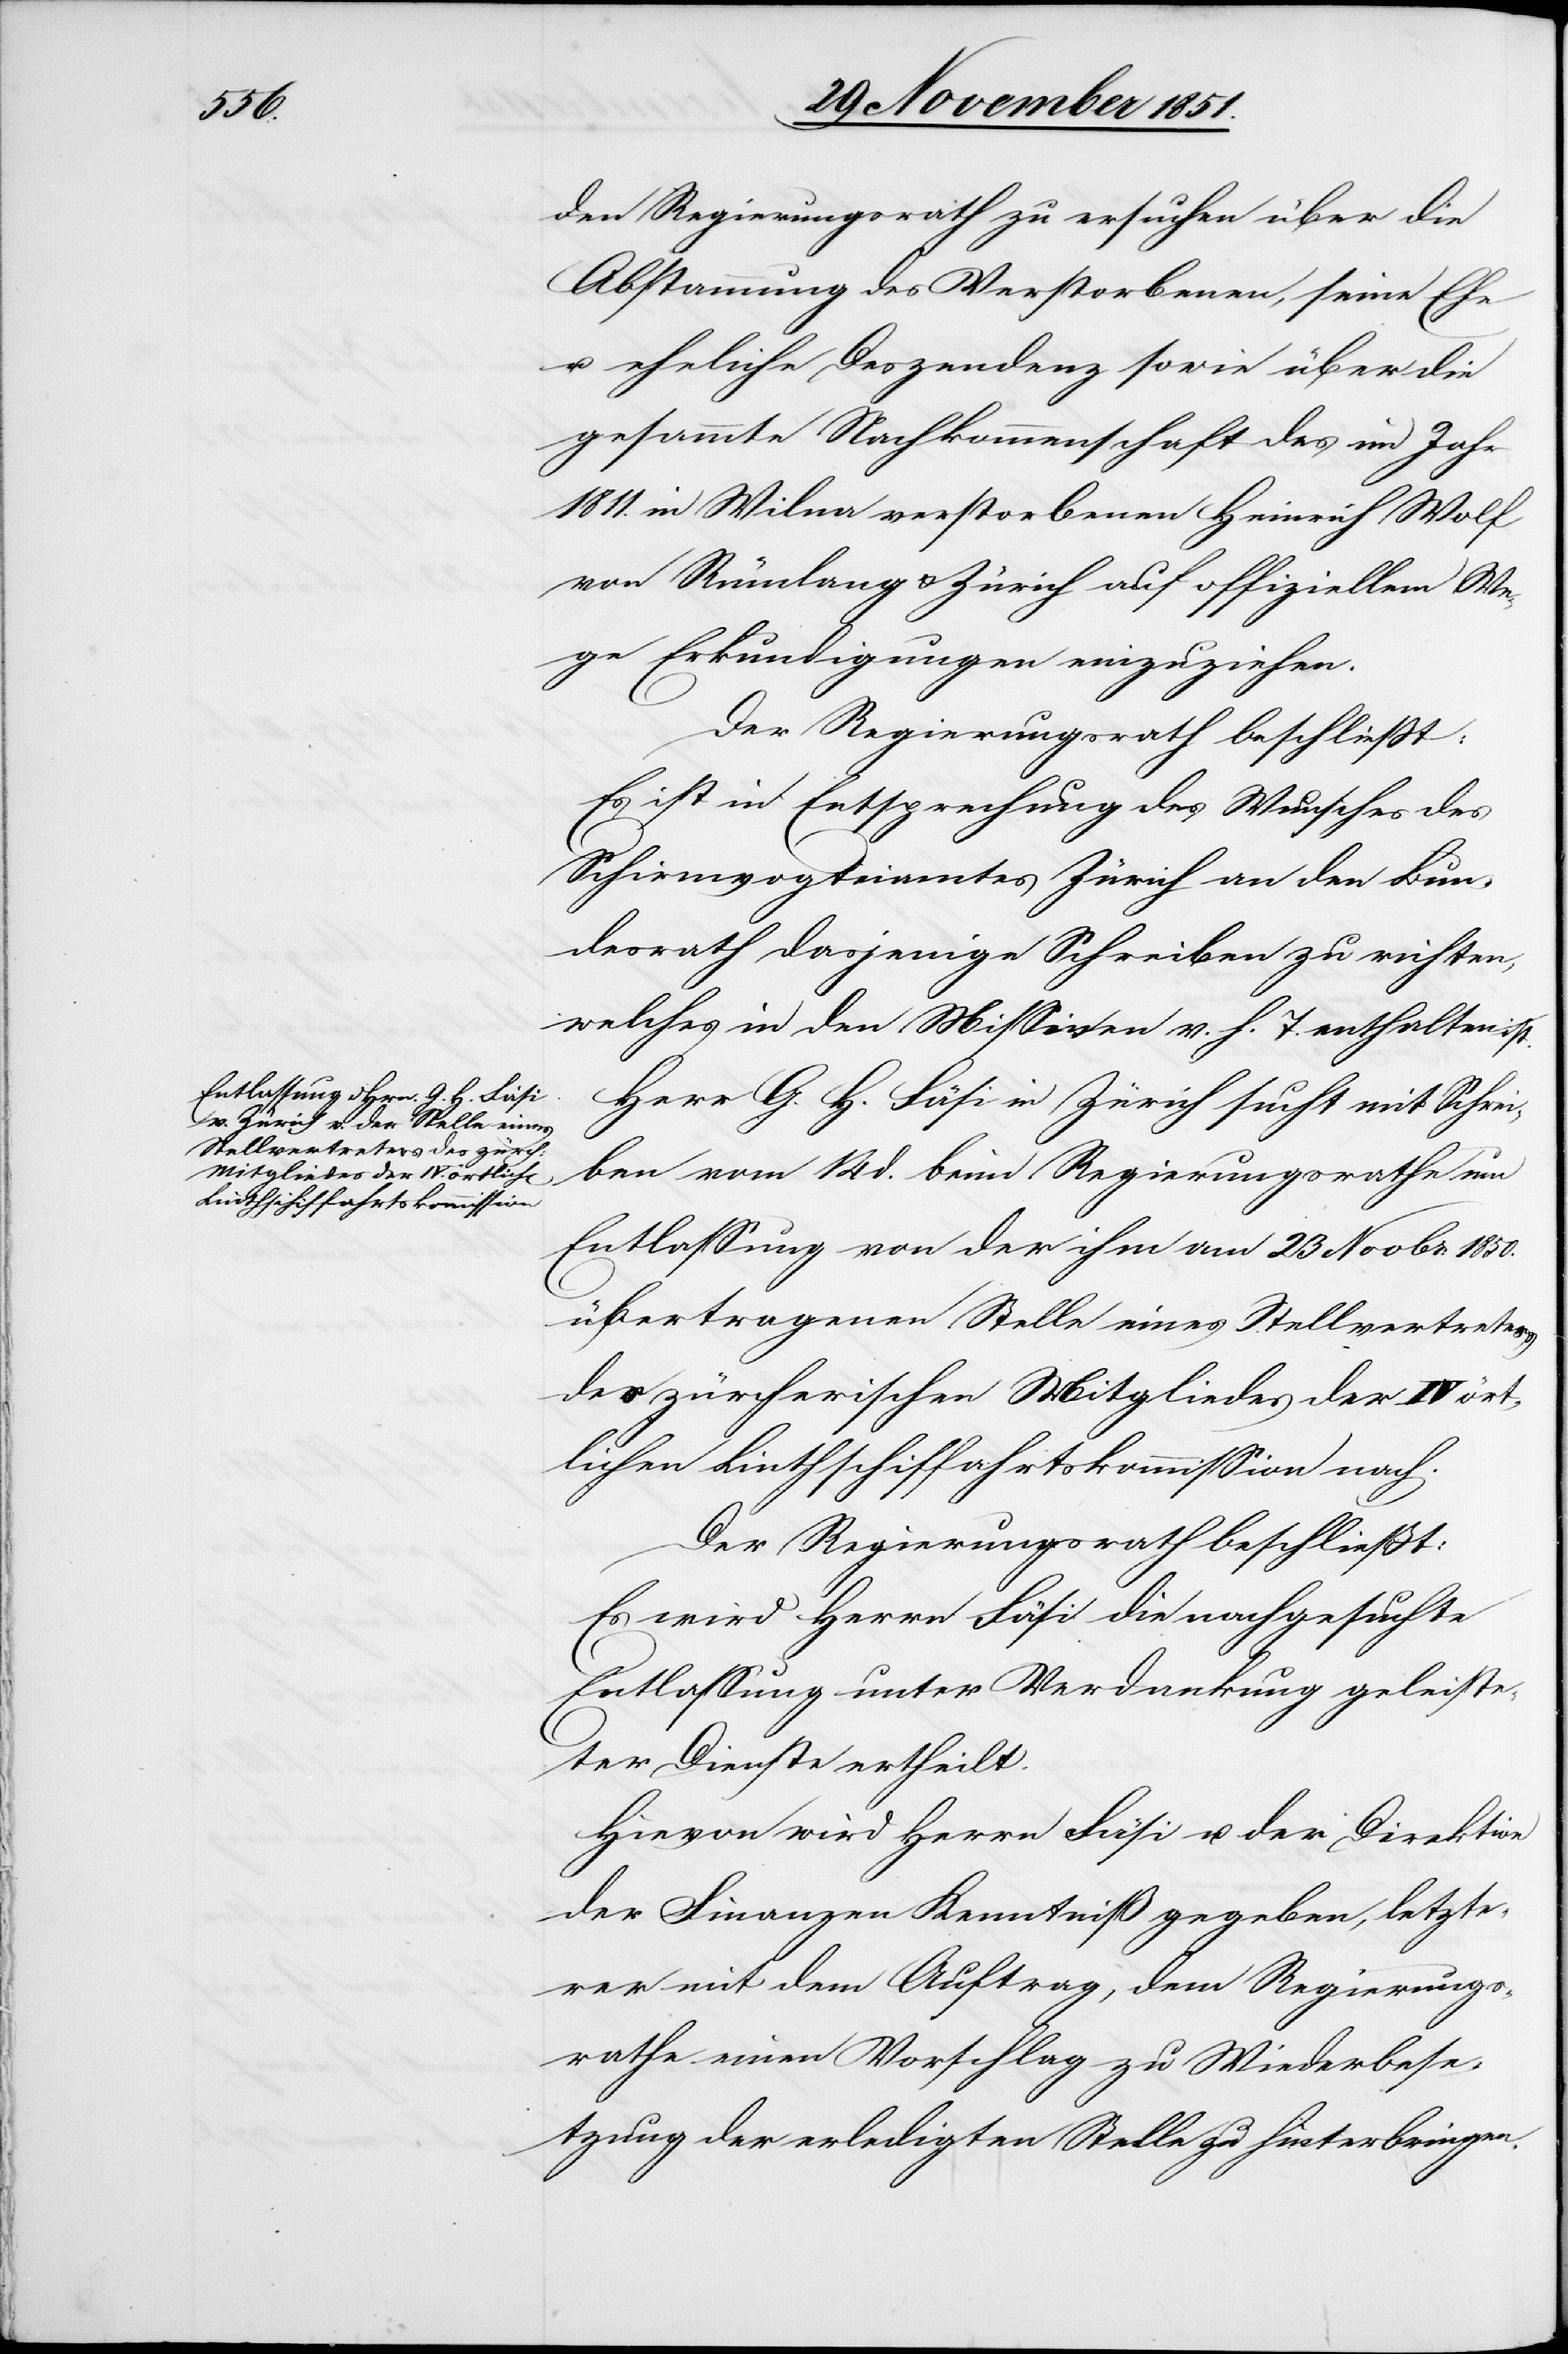
den Regierungsrath zu ersuchen über die
Abstammung des Verstorbenen, seine Ehe
u. eheliche Deszendenz sowie über die
gesammte Nachkommenschaft des im Jahr
1811. in Wilna verstorbenen Heinrich Wolf
von Rümlang & Zürich auf offiziellem We¬
ge Erkundigungen einzuziehen.
Der Regierungsrath beschließt:
Es ist in Entsprechung des Wunsches des
Schirmvogteiamtes Zürich an den Bun¬
desrath dasjenige Schreiben zu richten,
welches in den Missiven v. h. T. enthalten ist.
Herr G. H. Fäsi in Zürich sucht mit Schrei¬
ben vom 14 d. beim Regierungsrathe um
Entlassung von der ihm am 23 Novbr: 1850.
übertragenen Stelle eines Stellvertreters
des zürcherischen Mitgliedes der IV ört¬
lichen Linthschiffahrtskommission nach.
Der Regierungsrath beschließt:
Es wird Herrn Fäsi die nachgesuchte
Entlassung unter Verdankung geleiste¬
ter Dienste ertheilt.
Hievon wird Herrn Fäsi u. der Direktion
der Finanzen Kenntniß gegeben, letzte¬
rer mit dem Auftrag, dem Regierungs¬
rathe einen Vorschlag zu Wiederbese¬
tzung der erledigten Stelle zu hinterbringen.